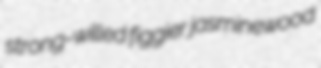
strong-willed figgier jasminewood